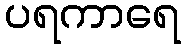
ပရကာရေ